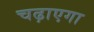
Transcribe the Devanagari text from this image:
चढ़ाएगा